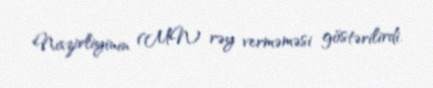
Nazirliyinin (MN) rəy verməməsi göstərilirdi.